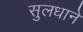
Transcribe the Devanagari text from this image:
सुलधाने